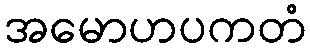
အမောဟပကတံ